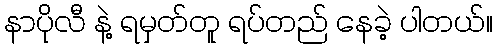
နာပိုလီ နဲ့ ရမှတ်တူ ရပ်တည် နေခဲ့ ပါတယ်။